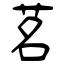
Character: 茗